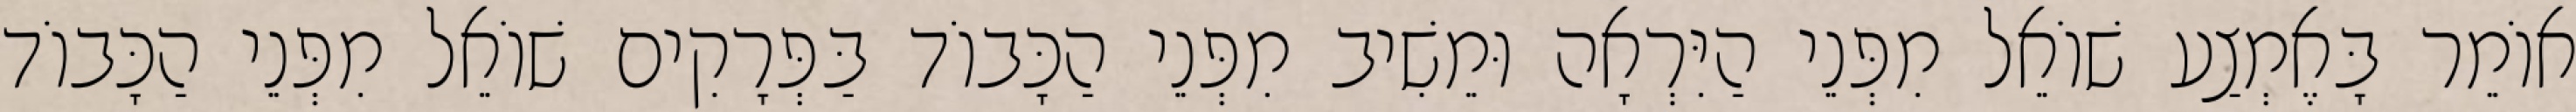
אוֹמֵר בָּאֶמְצַע שׁוֹאֵל מִפְּנֵי הַיִּרְאָה וּמֵשִׁיב מִפְּנֵי הַכָּבוֹד בַּפְּרָקִים שׁוֹאֵל מִפְּנֵי הַכָּבוֹד